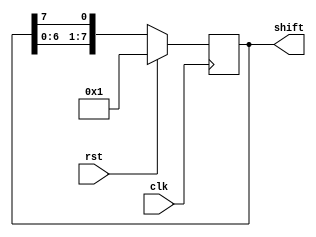
/*
 * */
module shift_left( clk,  rst,  shift);
 input clk;
 input rst;
 output [7:0] shift;

reg [7:0] shift_r;
always @(posedge clk) begin
    if(rst == 1'b1) begin
        shift_r <= 8'b0000_0001;
    end else begin
        shift_r <= {shift_r[6:0], shift_r[7]};
    end
end

assign shift[7:0] = shift_r[7:0];

endmodule /* shift_left */